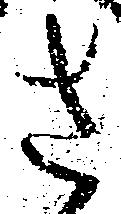
さ